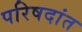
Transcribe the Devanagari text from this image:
परिषदांत